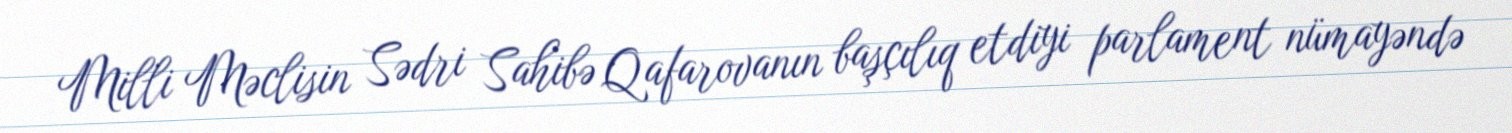
Milli Məclisin Sədri Sahibə Qafarovanın başçılıq etdiyi parlament nümayəndə